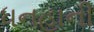
ધનહાની